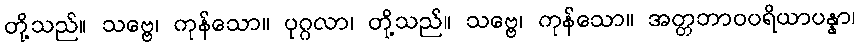
တို့သည်။ သဗ္ဗေ၊ ကုန်သော။ ပုဂ္ဂလာ၊ တို့သည်။ သဗ္ဗေ၊ ကုန်သော။ အတ္တဘာဝပရိယာပန္နာ၊